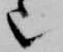
也